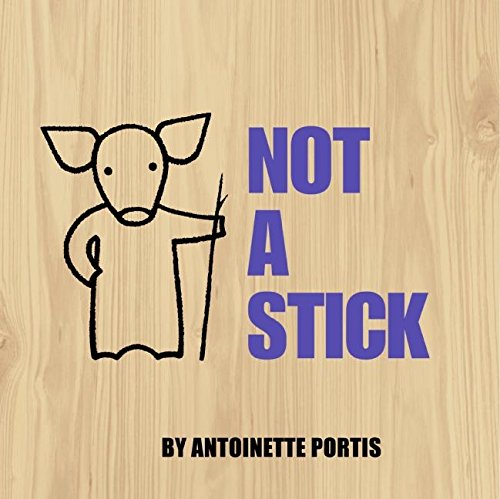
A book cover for Not a Stick; Antoinette Portis; Children's Books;